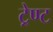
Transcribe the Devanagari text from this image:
ट्रेण्ट